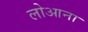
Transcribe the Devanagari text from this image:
लोआना